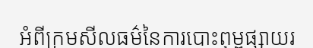
អំពីក្រមសីលធម៌នៃការបោះពុម្ពផ្សាយរ